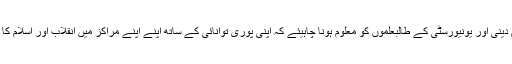
طلاب علوم دینی اور یونیورسٹی کے طالبعلموں کو معلوم ہونا چاہیئے کہ اپنی پوری توانائی کے ساتھ اپنے اپنے مراکز میں انقلاب اور اسلام کا دفاع کریں۔